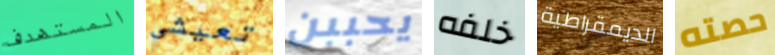
المستهدف تعيشي يحببن خلفه الديمقراطية حصته